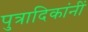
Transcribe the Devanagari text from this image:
पुत्रादिकांनीं